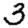
Digit: 3